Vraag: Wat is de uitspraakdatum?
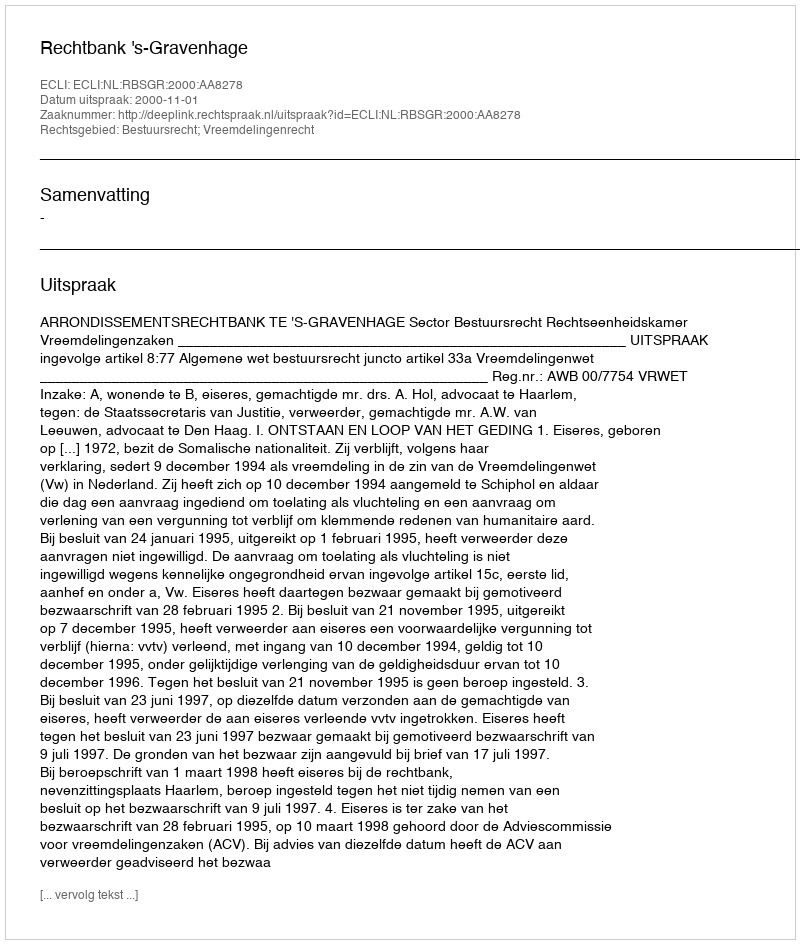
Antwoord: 2000-11-01